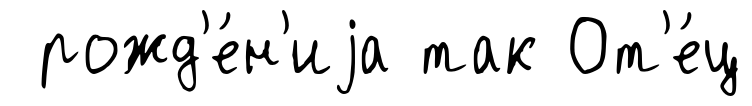
рожд'е́н'иjа так От'е́ц